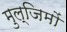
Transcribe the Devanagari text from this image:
मुल्जिमों